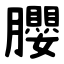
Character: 䑍